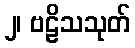
၂၊ ဗဠိသသုတ်